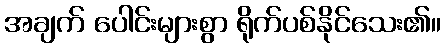
အချက် ပေါင်းများစွာ ရိုက်ပစ်နိုင်သေး၏။